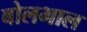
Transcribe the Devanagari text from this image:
बोलभाल